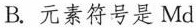
B. 元素符号是Md